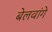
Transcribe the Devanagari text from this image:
बेलवांगे